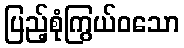
ပြည့်စုံကြွယ်ဝသော